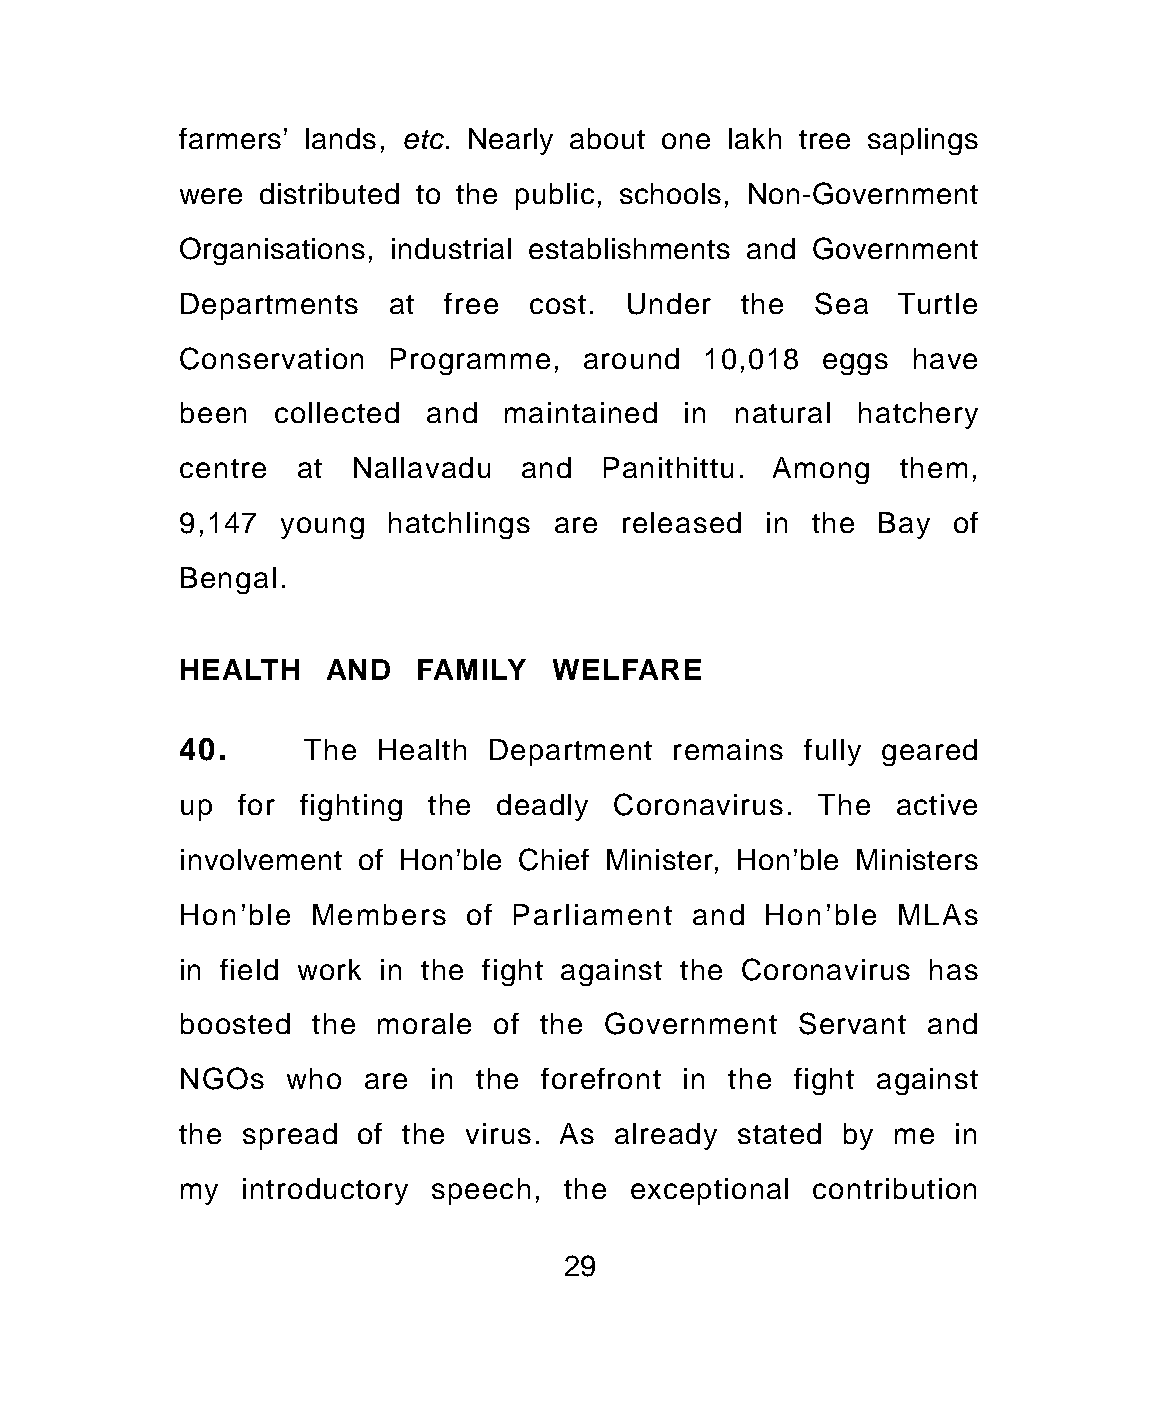
farmers’ lands, etc. Nearly about one lakh tree saplings
 were distributed to the public, schools, Non-Government
 Organisations, industrial establishments and Government
 Departments   at free  cost. Under   the  Sea  Turtle
 Conservation  Programme,  around  10,018  eggs  have
 been  collected and  maintained  in natural  hatchery
 centre at  Nallavadu  and   Panithittu. Among  them,
 9,147 young   hatchlings are released  in the Bay  of
 Bengal.
 HEALTH   AND   FAMILY   WELFARE
 40.     The  Health Department  remains  fully geared
 up  for fighting the deadly Coronavirus.  The  active
 involvement of Hon’ble Chief Minister, Hon’ble Ministers
 Hon'ble Members    of Parliament  and Hon’ble  MLAs
 in field work in the fight against the Coronavirus has
 boosted  the morale  of the Government   Servant and
 NGOs   who  are in the  forefront in the fight against
 the spread  of the virus. As already stated by me  in
 my  introductory speech, the  exceptional contribution
 29